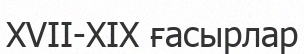
XVII-XIX ғасырлар